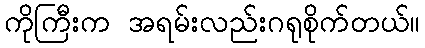
ကိုကြီးက အရမ်းလည်းဂရုစိုက်တယ်။